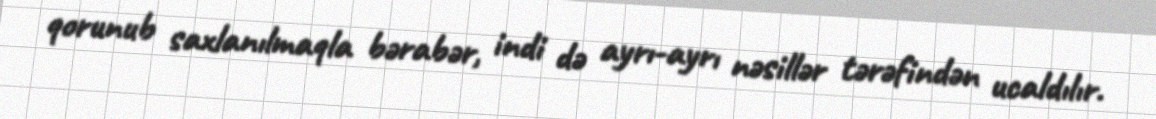
qorunub saxlanılmaqla bərabər, indi də ayrı-ayrı nəsillər tərəfindən ucaldılır.